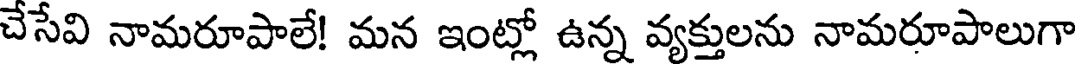
చేసేవి నామరూపాలే! మన ఇంట్లో ఉన్న వ్యక్తులను నామరూపాలుగా